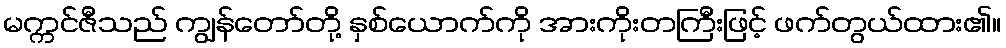
မက္ကင်ဇီသည် ကျွန်တော်တို့ နှစ်ယောက်ကို အားကိုးတကြီးဖြင့် ဖက်တွယ်ထား၏။